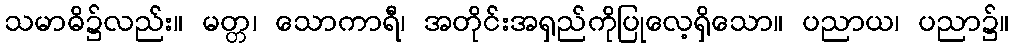
သမာဓိ၌လည်း။ မတ္တ၊ သောကာရီ၊ အတိုင်းအရှည်ကိုပြုလေ့ရှိသော။ ပညာယ၊ ပညာ၌။